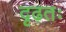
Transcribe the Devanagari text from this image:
दृढ़तः